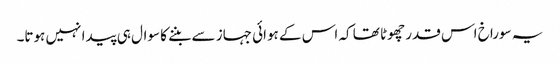
یہ سوراخ اس قدر چھوٹا تھا کہ اس کے ہوائی جہاز سے بننے کا سوال ہی پیدا نہیں ہوتا۔